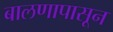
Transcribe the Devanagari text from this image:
बालणापासून